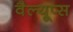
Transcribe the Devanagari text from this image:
वैल्यूप्स